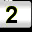
Digit: 2